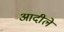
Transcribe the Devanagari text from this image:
आदीले